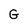
Character: G